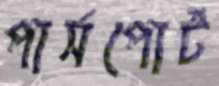
পার্সপোর্ট